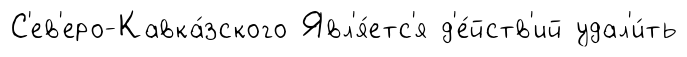
С'ев'еро-Кавка́зского Явл'я́етс'я д'е́йств'ий удал'и́ть